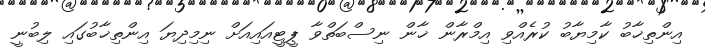
އިންތިޚާބު ކާމިޔާބު ކުރެއްވި އިމްރާން ޚާން ނިސްބަތްވާ ޕީޓީއައިއަށް ނިމިދިޔަ އިންތިޚާބުގައި ލިބުނީ